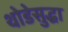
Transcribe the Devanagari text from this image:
थोडेसुद्धा